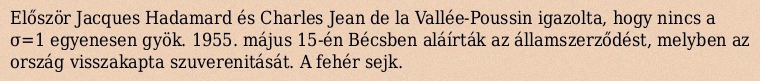
Először Jacques Hadamard és Charles Jean de la Vallée-Poussin igazolta, hogy nincs a σ=1 egyenesen gyök. 1955. május 15-én Bécsben aláírták az államszerződést, melyben az ország visszakapta szuverenitását. A fehér sejk.